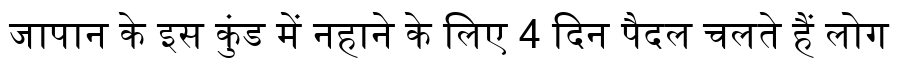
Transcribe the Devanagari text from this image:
जापान के इस कुंड में नहाने के लिए 4 दिन पैदल चलते हैं लोग